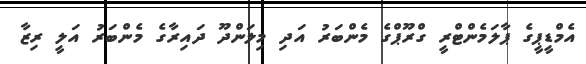
އެމްޑީޕީގެ ޕާލަމެންޓްރީ ގްރޫޕްގެ މެންބަރު އަދި މިލަންދޫ ދައިރާގެ މެންބަރު އަލީ ރިޒާ